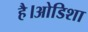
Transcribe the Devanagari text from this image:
है।ओडिशा